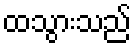
ထသွားသည်